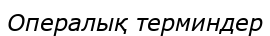
Опералық терминдер